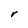
Character: r